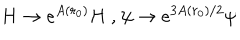
H \rightarrow e ^ { A ( r _ { 0 } ) } H \mathrm { ~ , ~ } \psi \rightarrow e ^ { 3 A ( r _ { 0 } ) / 2 } \psi